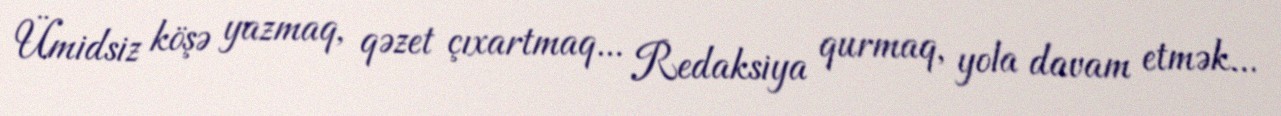
Ümidsiz köşə yazmaq, qəzet çıxartmaq... Redaksiya qurmaq, yola davam etmək...